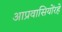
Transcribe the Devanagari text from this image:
आप्रवासियोंरहे